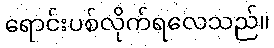
ရောင်းပစ်လိုက်ရလေသည်။